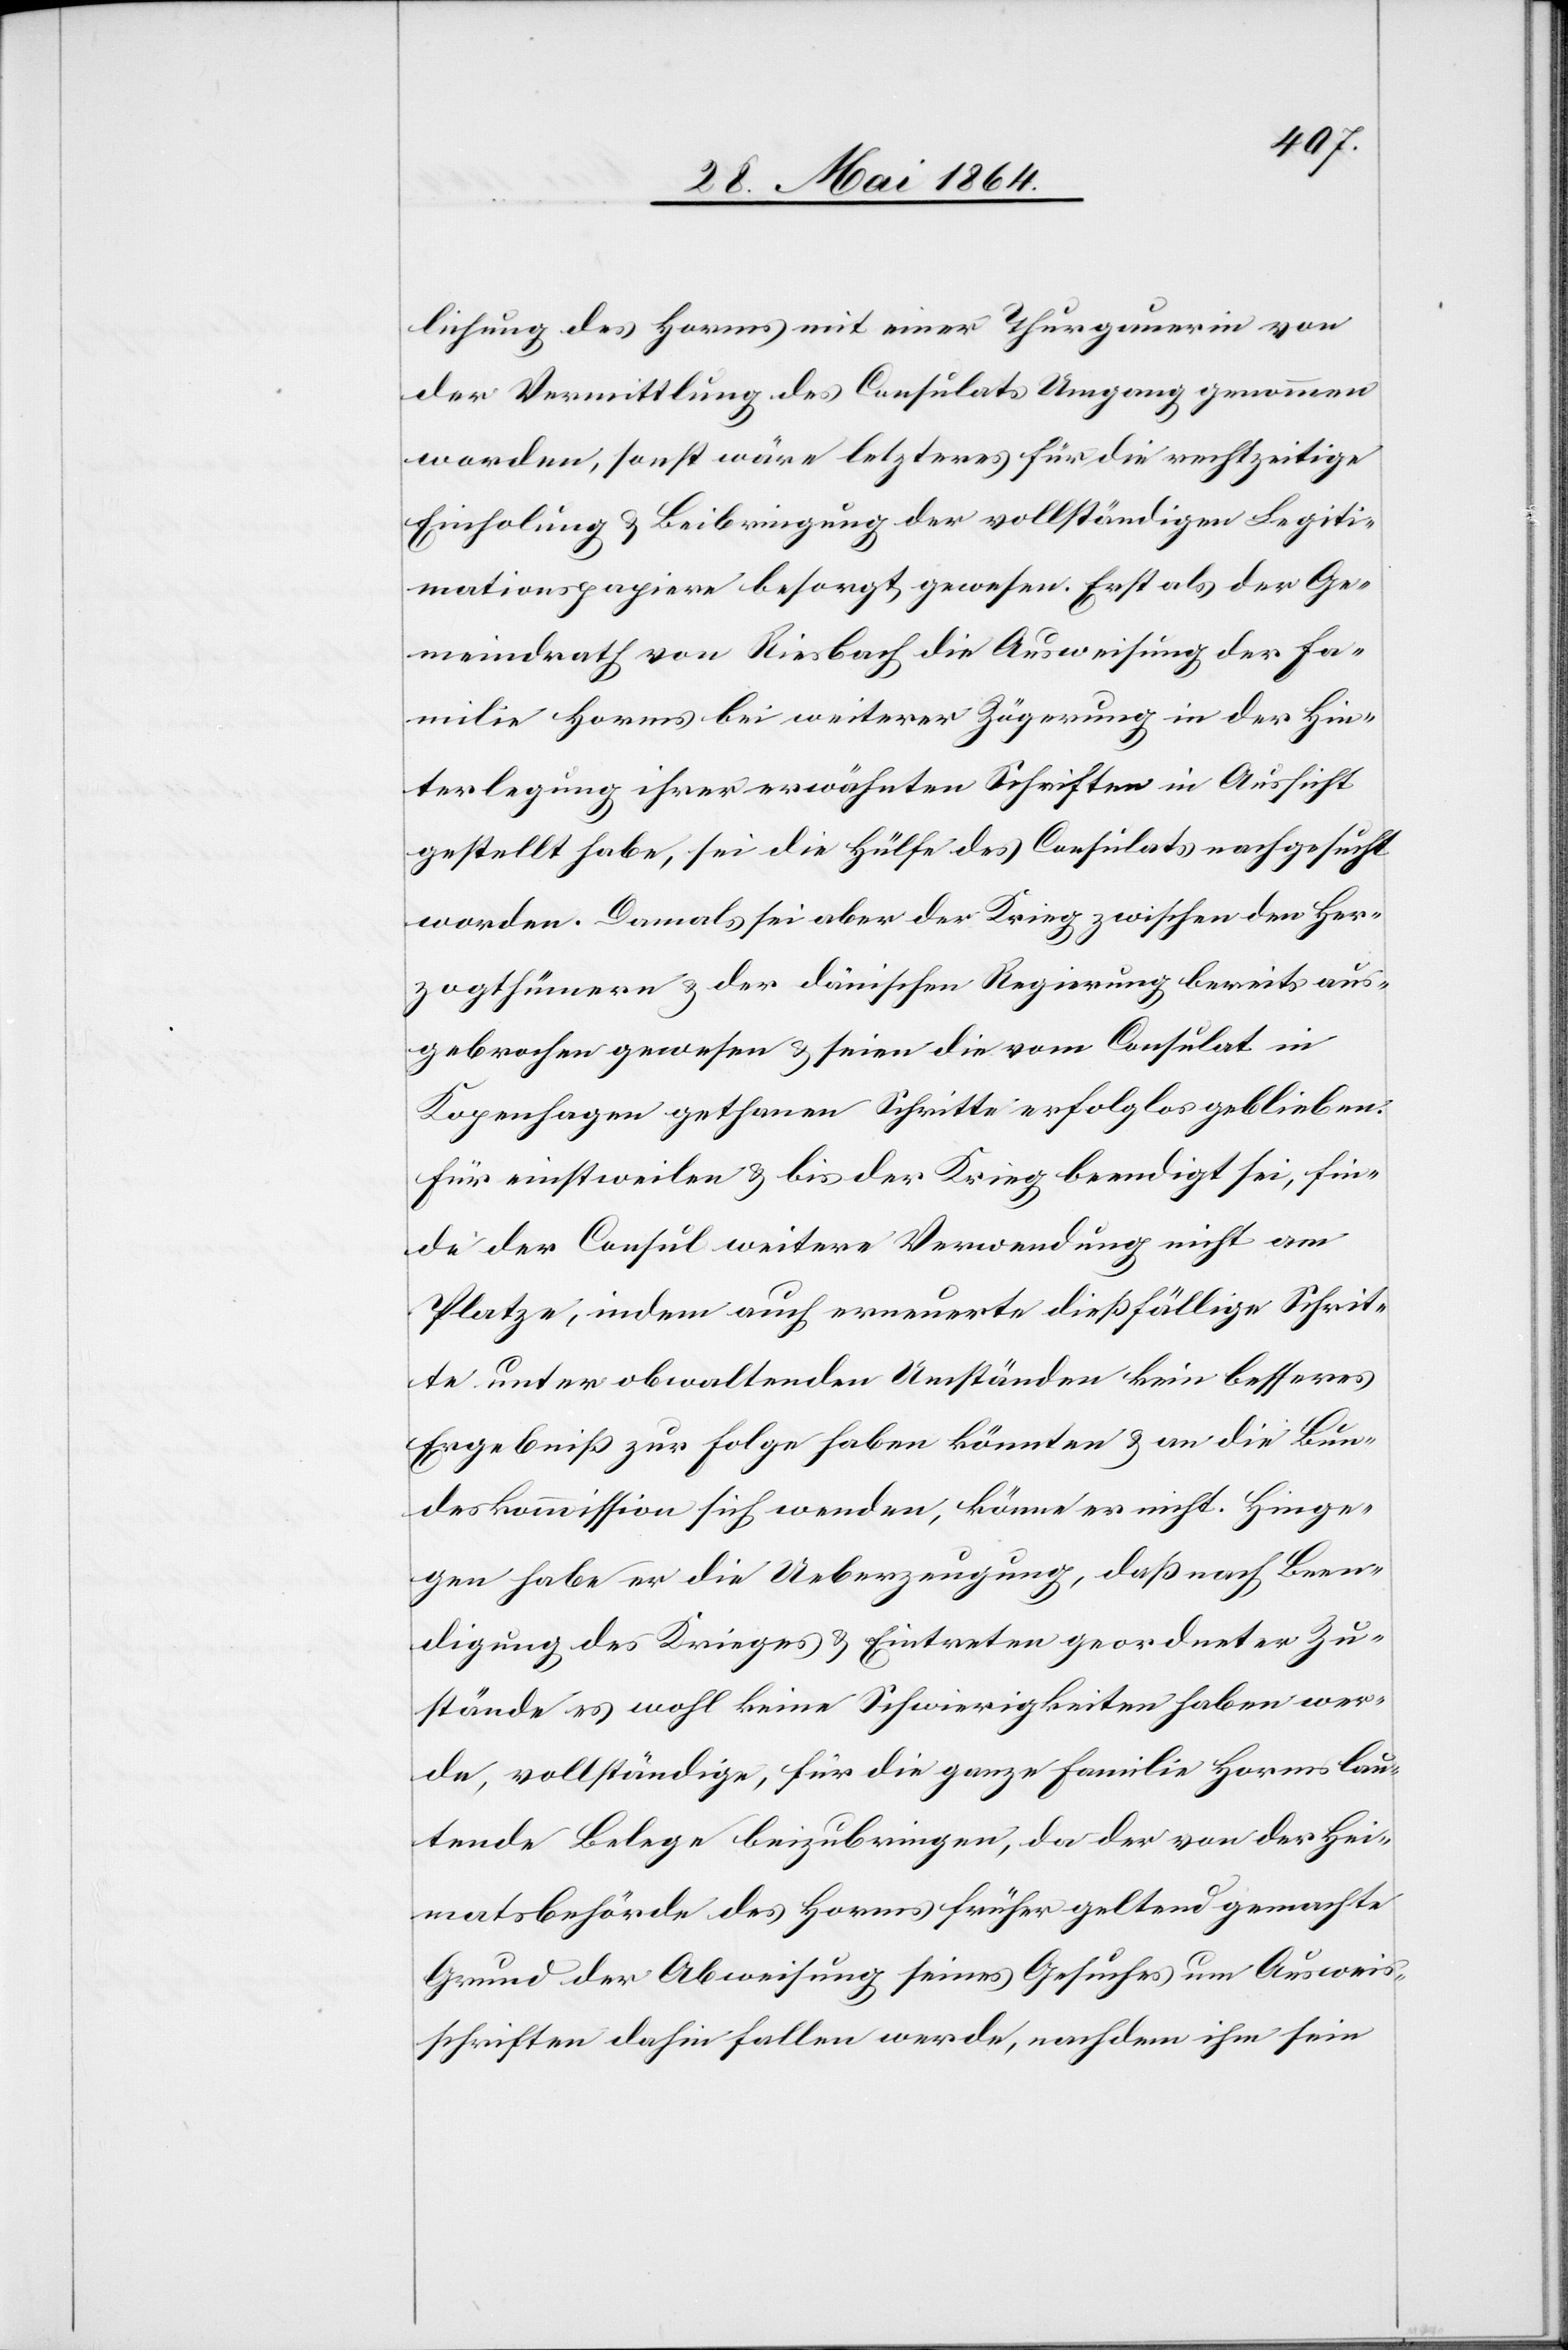
lichung des Horms mit einer Thurgauerin von
der Vermittlung des Consulates Umgang genommen
worden, sonst wäre letzteres für die rechtzeitige
Einholung u. Beibringung der vollständigen Legiti¬
mationspapiere besorgt gewesen. Erst als der Ge¬
meindrath von Riesbach die Ausweisung der Fa¬
milie Horms bei weiterer Zögerung in der Hin¬
terlegung ihrer erwähnten Schriften in Aussicht
gestellt habe, sei die Hülfe des Consulats nachgesucht
worden. Damals sei aber der Krieg zwischen den Her¬
zogthümern u. der dänischen Regierung bereits aus¬
gebrochen gewesen u. seien die vom Consulat in
Kopenhagen gethanen Schritte erfolglos geblieben.
Für einstweilen u. bis der Krieg beendigt sei, fin¬
de der Consul weitere Verwendung nicht am
Platze, indem auch erneuerte dießfällige Schrit¬
te unter obwaltenden Umständen kein besseres
Ergebniß zur Folge haben könnten u. an die Bun¬
deskommission sich wenden, könne es nicht. Hinge¬
gen habe er die Ueberzeugung, daß nach Been¬
digung des Krieges u. Eintreten geordneter Zu¬
stände es wohl keine Schwierigkeiten haben wer¬
de, vollständige, für die ganze Familie Horms lau¬
tende Belege beizubringen, da der von der Hei¬
matsbehörde des Horms früher geltend gemachte
Grund der Abweisung seines Gesuches um Ausweis¬
schriften dahin fallen werde, nachdem ihm sein